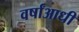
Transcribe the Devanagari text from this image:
वर्षांआधी